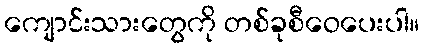
ကျောင်းသားတွေကို တစ်ခုစီဝေပေးပါ။